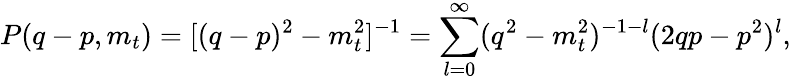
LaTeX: P(q-p,m_{t})=[(q-p)^{2}-m_{t}^{2}]^{-1}=\sum_{l=0}^{\infty}(q^{2}-m_{t}^{2})^{-1-l}(2qp-p^{2})^{l},